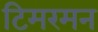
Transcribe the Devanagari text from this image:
टिमरमन